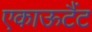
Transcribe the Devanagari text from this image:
एकाऊटैंट